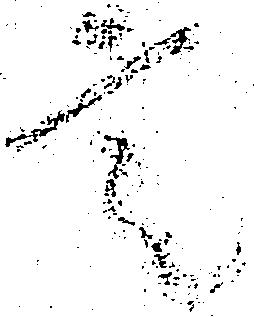
言